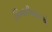
કિનારીવાલાએ